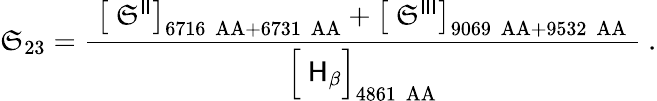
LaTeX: \mathfrak{S}_{23}={\frac{{\ \left[\ {\mathsf{{\mathfrak{S}}}}^{\mathsf{{II}}}\right]_{6716~\mathrm{{\ AA}}+6731~\mathrm{{\ AA}}}+\left[\ {\mathsf{{\mathfrak{S}}}}^{\mathsf{{III}}}\right]_{9069~\mathrm{{\ AA}}+9532~\mathrm{{\ AA}}}\ }}{{{\Bigl[}\ {\mathsf{{H}}}_{\mathsf{{\beta}}}{\Bigr]}_{4861~\mathrm{{\ AA}}}}}}~.